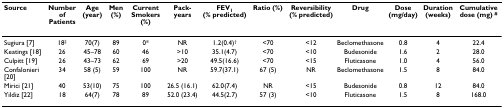
| Source | Number of Patients | Age (year) | Men (%) | Current Smokers (%) | Pack-years | FEV1 (% predicted) | Ratio (%) | Reversibility (% predicted) | Drug | Dose (mg/day) | Duration (weeks) | Cumulative dose (mg) # |
 | --- | --- | --- | --- | --- | --- | --- | --- | --- | --- | --- | --- | --- |
 | Sugiura [7] | 18‡ | 70(7) | 89 | 0* | NR | 1.2(0.4)† | <70 | <12 | Beclomethasone | 0.8 | 4 | 22.4 |
 | Keatings [18] | 26 | 45–78 | 60 | 46 | >10 | 35.1(4.7) | <70 | <10 | Budesonide | 1.6 | 2 | 28.0 |
 | Culpitt [19] | 26 | 43–73 | 62 | 69 | >20 | 49.5(16.6) | <70 | <15 | Fluticasone | 1.0 | 4 | 56.0 |
 | Confalonieri [20] | 34 | 58 (5) | 59 | 100 | NR | 59.7(37.1) | 67 (5) | NR | Beclomethasone | 1.5 | 8 | 84.0 |
 | Mirici [21] | 40 | 53(10) | 75 | 100 | 26.5 (16.1) | 62.0(7.4) | NR | <15 | Budesonide | 0.8 | 12 | 84.0 |
 | Yildiz [22] | 18 | 64(7) | 78 | 89 | 52.0 (23.4) | 44.5(2.7) | 57 (3) | <10 | Fluticasone | 1.5 | 8 | 168.0 |